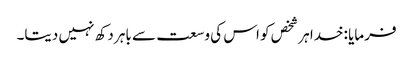
فرمایا :خدا ہر شخص کو اس کی وسعت سے باہر دکھ نہیں دیتا۔